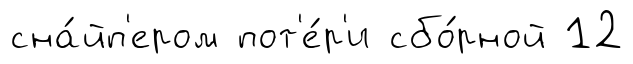
сна́йп'ером пот'е́р'и сбо́рной 12